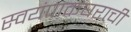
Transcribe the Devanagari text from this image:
स्वयंपाकघराची